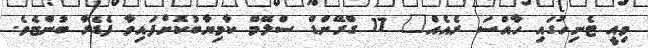
މިއީ ޓެނިހުގައި ހާއްސަ ރެއެއް" 17 ގްރޭންޑް ސްލޭމް ކާމިޔާބުކޮށްފައިވާ ފެޑެރާ ބުންޏެވެ.